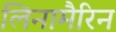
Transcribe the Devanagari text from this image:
लिनामैरिन